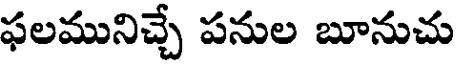
ఫలమునిచ్చే పనుల బూనుచు